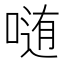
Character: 𱓬